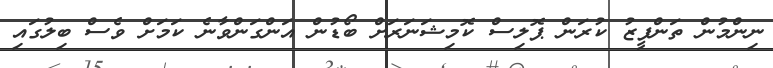
ނިންމުން ތަންފީޒު ކުރަން ޕޮލިސް ކޮމިޝަނަރަށް ބޯޑުން އަންގަންވާނެ ކަމަށް ވެސް ބިލުގައި